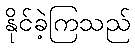
နိုင်ခဲ့ကြသည်